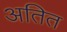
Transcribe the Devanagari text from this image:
अतित